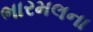
ભારમલના